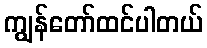
ကျွန်တော်ထင်ပါတယ်